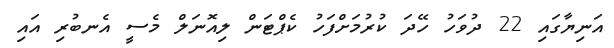
އަނިޔާގައި 22 ދުވަހު ހޭދަ ކުރުމަށްފަހު ކެޕްޓަން ލިއޮނަލް މެސީ އެނބުރި އައި